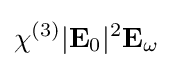
\chi ^{(3)}|\mathbf {E} _{0}|^{2}\mathbf {E} _{\omega }